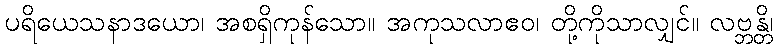
ပရိယေသနာဒယော၊ အစရှိကုန်သော။ အကုသလာဧဝ၊ တို့ကိုသာလျှင်။ လဗ္ဘန္တိ၊